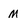
Character: M